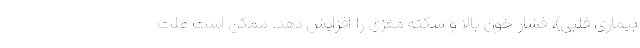
بیماری قلبی)، فشار خون بالا و سکته مغزی را افزایش دهد. ممکن است علت